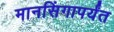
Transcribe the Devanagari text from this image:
मानसिंगापर्यंत